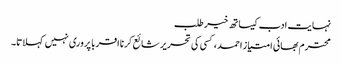
نہایت ادب کیساتھ خیر طلب
محترم بھائی امتیاز احمد، کسی کی تحریر شائع کرنا اقربا پروری نہیں کہلاتا۔